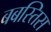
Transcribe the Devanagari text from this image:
बबस्तिस